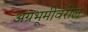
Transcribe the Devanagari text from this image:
अग्रभूमीवरील